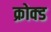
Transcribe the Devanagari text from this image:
क्रोक्ड